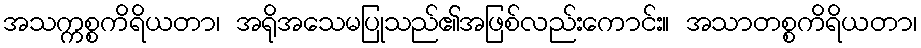
အသက္ကစ္စကိရိယတာ၊ အရိုအသေမပြုသည်၏အဖြစ်လည်းကောင်း။ အသာတစ္စကိရိယတာ၊